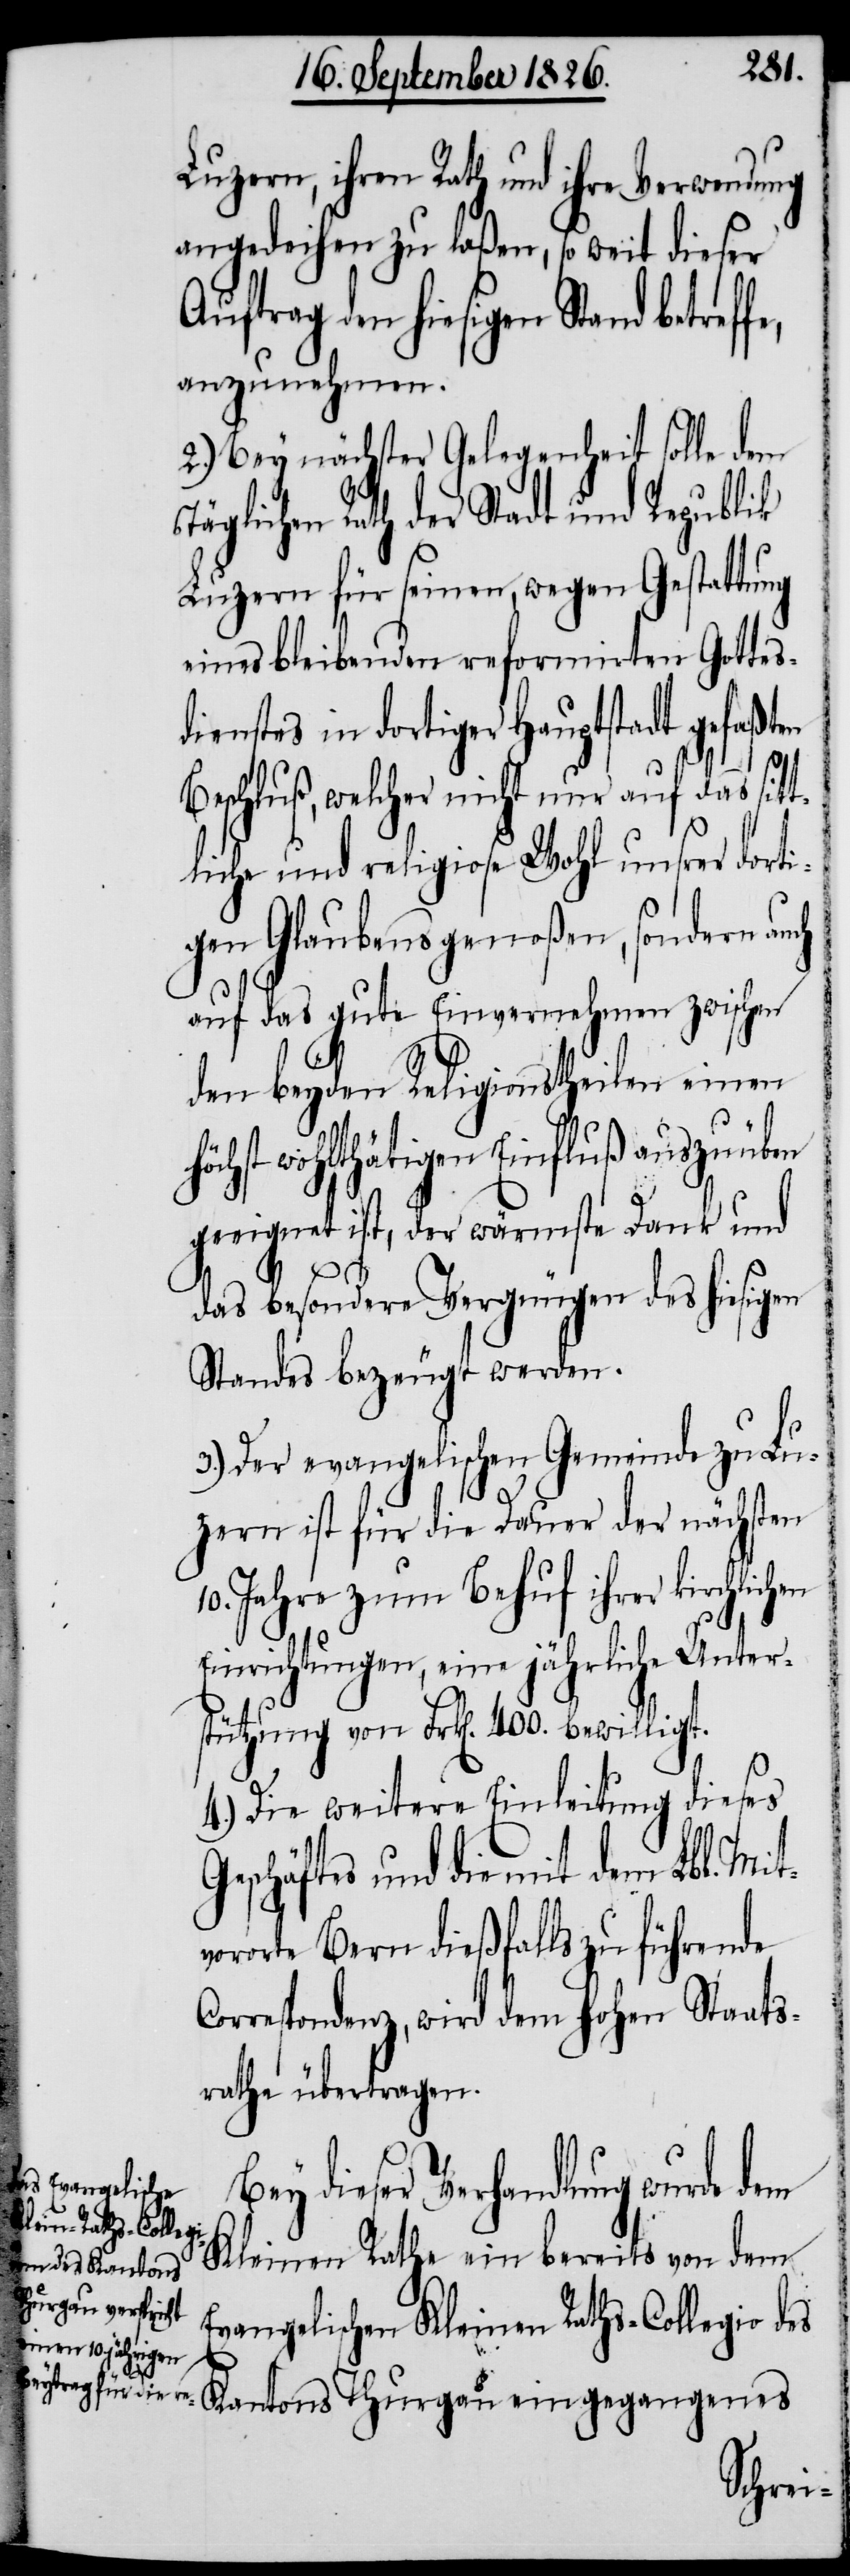
kirchlichen

Luzern, ihren Rath und ihre Verwendung
angedeihen zu laßen, so weit dieser
Auftrag den hiesigen Stand be¬
anzunehmen.
2.) Bey nächster Gelegenheit solle dem
Täglichen Rath der Stadt und Republik
Luzern für seinen, wegen Gestattung
eines bleibenden reformirten Gottesd¬
ienstes in dortiger Hauptstadt
Beschluß, welcher nicht nur auf das sit¬
tliche und religiöse Wohl unsrer dorti¬
gen Glaubensgenoßen, sondern auch
auf das gute Einvernehmen zwischen
den beyden Religionstheilen einen
höchst wohlthätigen Einfluß auszuüben
geeignet ist, der wärmste Dank und
das besondere Vergnügen des hiesigen
Standes bezeugt werden.
3.) Der evangelischen Gemeinde zu Lu¬
zern ist für die Dauer der nächsten
10. Jahre zum Behuf ihrer
Einrichtungen, eine jährliche Unter¬
stützung von Frk[en]. 400. bewilligt.
4.) Die weitere Einleitung dieses
Geschäftes und die mit dem Lbl. Mit¬
vororte Bern dießfalls zu führende
Correspondenz, wird dem hohen Staats¬
rathe übertragen.
Bey dieser Verhandlung wurde dem
Kleinen Rathe ein bereits von dem
Evangelischen Kleinen Raths-Collegio des
Kantons Thurgau eingegangenes